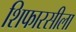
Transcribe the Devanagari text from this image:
शिफारसीला